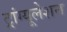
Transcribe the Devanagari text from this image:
ट्रांग्यूलेशन